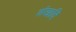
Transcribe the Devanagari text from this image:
शंखादि